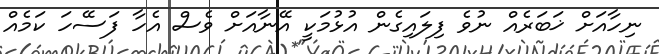
ނިހާއަށް ޚަބަރެއް ނުވެ ފިލައިގެން އުޅުމަކީ އޭނާއަށް ވެސް އެހާ ފަސޭހަ ކަމެއް